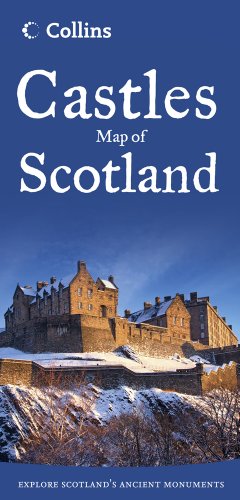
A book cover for Collins Castles Map of Scotland (Collins Pictorial Maps); Collins UK; Travel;